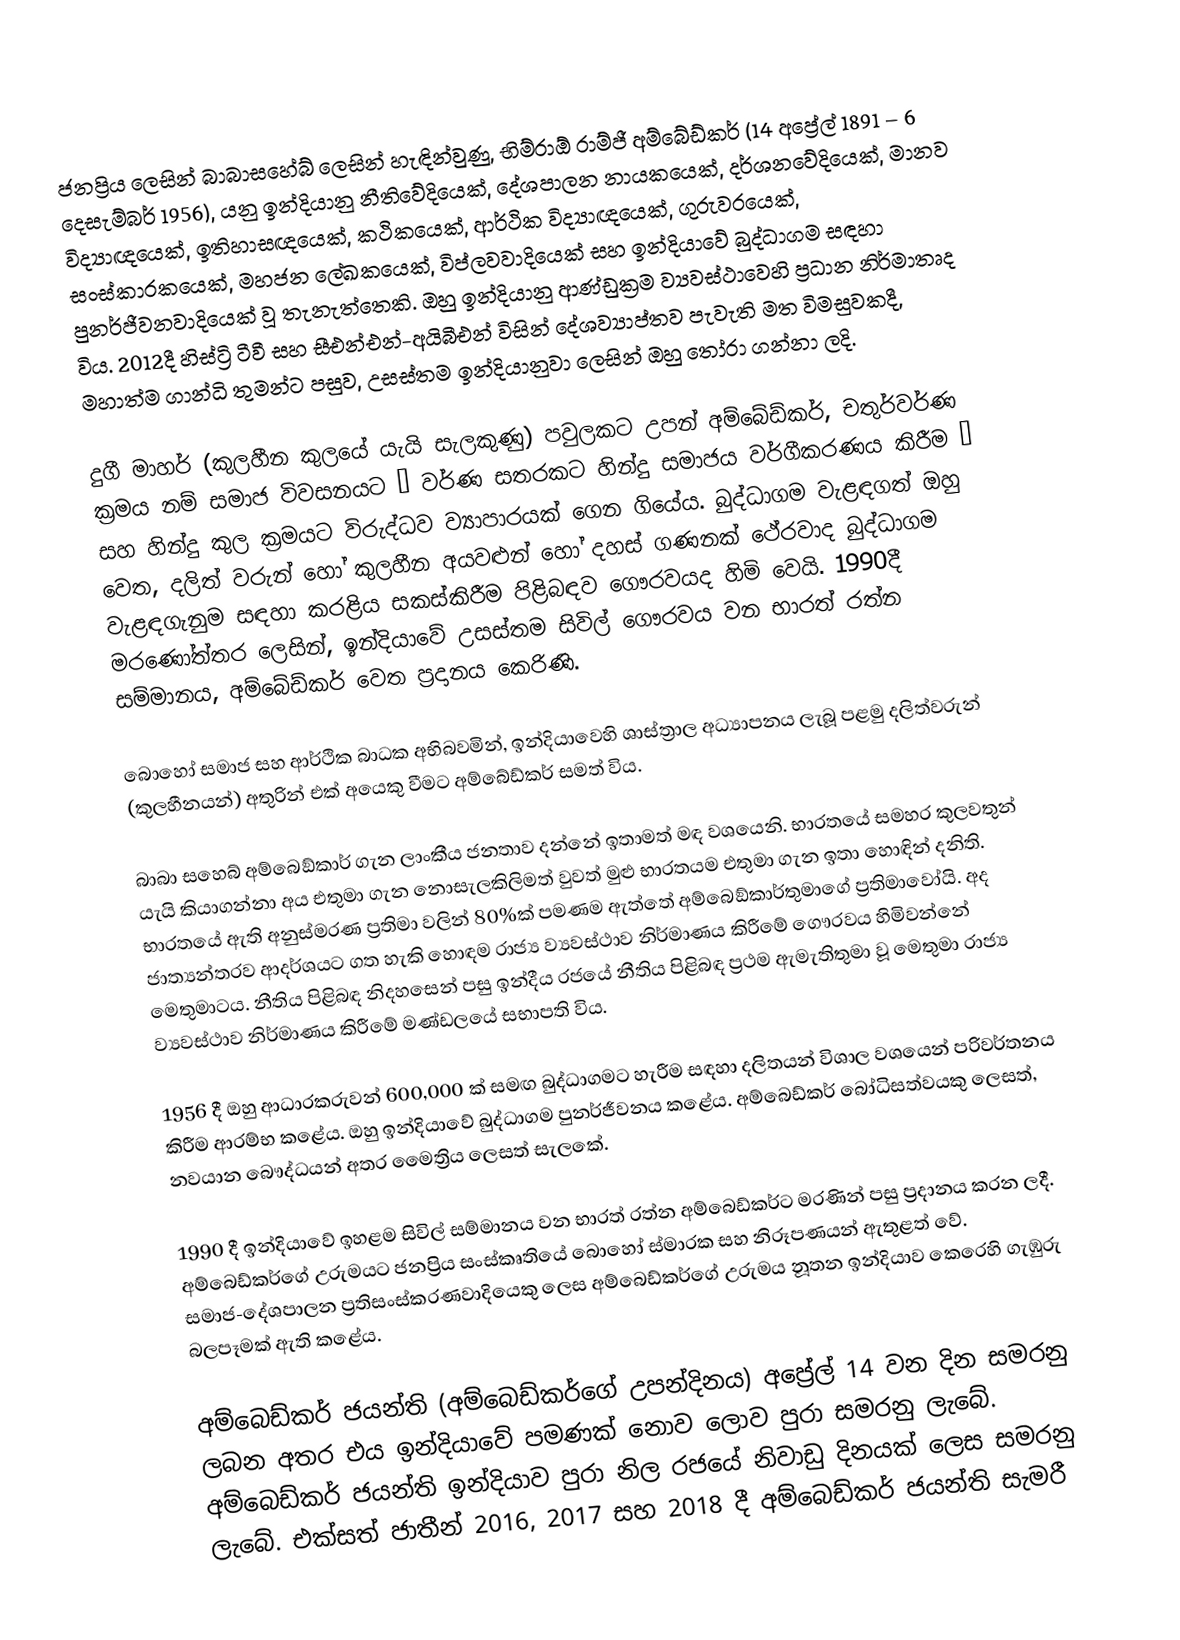
ජනප්‍රිය ලෙසින් බාබාසහේබ් ලෙසින් හැඳින්වුණු, භිම්රාඕ රාම්ජී අම්බේඩ්කර් (14 අප්‍රේල් 1891 – 6 දෙසැම්බර් 1956), යනු ඉන්දියානු නීතිවේදියෙක්, දේශපාලන නායකයෙක්, දර්ශනවේදියෙක්, මානව විද්‍යාඥයෙක්, ඉතිහාසඥයෙක්, කථිකයෙක්, ආර්ථික විද්‍යාඥයෙක්, ගුරුවරයෙක්, සංස්කාරකයෙක්, මහජන ලේඛකයෙක්, විප්ලවවාදියෙක් සහ ඉන්දියාවේ බුද්ධාගම සඳහා පුනර්ජීවනවාදියෙක් වූ තැනැත්තෙකි. ඔහු ඉන්දියානු ආණ්ඩුක්‍රම ව්‍යවස්ථාවෙහි ප්‍රධාන නිර්මාතෘද විය. 2012දී හිස්ට්‍රි ටීවී සහ සීඑන්එන්-අයිබීඑන් විසින් දේශව්‍යාප්තව පැවැති මත විමසුවකදී, මහාත්ම ගාන්ධි තුමන්ට පසුව,  උසස්තම ඉන්දියානුවා ලෙසින් ඔහු තෝරා ගන්නා ලදි.

දුගී මාහර් (කුලහීන කුලයේ යැයි සැලකුණු) පවුලකට උපන් අම්බේඩ්කර්, චතුර්වර්ණ ක්‍රමය නම් සමාජ විවසනයට  – වර්ණ සතරකට හින්දු සමාජය වර්ගීකරණය කිරීම – සහ  හින්දු කුල ක්‍රමයට විරුද්ධව ව්‍යාපාරයක් ගෙන ගියේය. බුද්ධාගම වැළඳගත් ඔහු වෙත,  දලිත් වරුන් හෝ  කුලහීන අයවළුන්  හෝ දහස් ගණනක් ථේරවාද බුද්ධාගම වැළඳගැනුම සඳහා කරළිය සකස්කිරීම පිළිබඳව ගෞරවයද හිමි වෙයි. 1990දී මරණෝත්තර ලෙසින්, ඉන්දියාවේ උසස්තම සිවිල් ගෞරවය වන භාරත් රත්න සම්මානය, අම්බේඩ්කර් වෙත ප්‍රදානය කෙරිණි.

බොහෝ සමාජ සහ ආර්ථික බාධක අභිබවමින්, ඉන්දියාවෙහි ශාස්ත්‍රාල අධ්‍යාපනය ලැබූ පළමු දලිත්වරුන් (කුලහීනයන්) අතුරින් එක් අයෙකු වීමට අම්බේඩ්කර් සමත් විය.

බාබා සහෙබ් අම්බෙඞ්කාර් ගැන ලාංකීය ජනතාව දන්නේ ඉතාමත් මඳ වශයෙනි. භාරතයේ සමහර කුලවතුන් යැයි කියාගන්නා අය එතුමා ගැන නොසැලකිලිමත් වුවත් මුළු භාරතයම එතුමා ගැන ඉතා හොඳින් දනිති. භාරතයේ ඇති අනුස්මරණ ප්‍රතිමා වලින් 80%ක් පමණම ඇත්තේ අම්බෙඞ්කාර්තුමාගේ ප්‍රතිමාවෝයි. අද ජාත්‍යන්තරව ආදර්ශයට ගත හැකි හොඳම රාජ්‍ය ව්‍යවස්ථාව නිර්මාණය කිරීමේ ගෞරවය හිමිවන්නේ මෙතුමාටය. නීතිය පිළිබඳ නිදහසෙන් පසු ඉන්දීය රජයේ නීතිය පිළිබඳ ප්‍රථම ඇමැතිතුමා වූ මෙතුමා රාජ්‍ය ව්‍යවස්ථාව නිර්මාණය කිරීමේ මණ්ඩලයේ සභාපති විය.

1956 දී ඔහු ආධාරකරුවන් 600,000 ක් සමඟ බුද්ධාගමට හැරීම සඳහා දලිතයන් විශාල වශයෙන් පරිවර්තනය කිරීම ආරම්භ කළේය. ඔහු ඉන්දියාවේ බුද්ධාගම පුනර්ජීවනය කළේය. අම්බෙඩ්කර් බෝධිසත්වයකු ලෙසත්, නවයාන බෞද්ධයන් අතර මෛත්‍රිය ලෙසත් සැලකේ.

1990 දී ඉන්දියාවේ ඉහළම සිවිල් සම්මානය වන භාරත් රත්න අම්බෙඩ්කර්ට මරණින් පසු ප්‍රදානය කරන ලදී. අම්බෙඩ්කර්ගේ උරුමයට ජනප්‍රිය සංස්කෘතියේ බොහෝ ස්මාරක සහ නිරූපණයන් ඇතුළත් වේ. සමාජ-දේශපාලන ප්‍රතිසංස්කරණවාදියෙකු ලෙස අම්බෙඩ්කර්ගේ උරුමය නූතන ඉන්දියාව කෙරෙහි ගැඹුරු බලපෑමක් ඇති කළේය.

අම්බෙඩ්කර් ජයන්ති (අම්බෙඩ්කර්ගේ උපන්දිනය) අප්‍රේල් 14 වන දින සමරනු ලබන අතර එය ඉන්දියාවේ පමණක් නොව ලොව පුරා සමරනු ලැබේ. අම්බෙඩ්කර් ජයන්ති ඉන්දියාව පුරා නිල රජයේ නිවාඩු දිනයක් ලෙස සමරනු ලැබේ. එක්සත් ජාතීන් 2016, 2017 සහ 2018 දී අම්බෙඩ්කර් ජයන්ති සැමරී